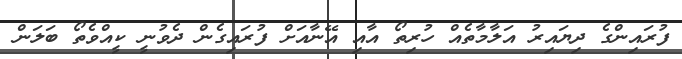
ފުރައިންގެ ދިޔައިރު އަލާމާތެއް ހުރިތޯ އާއި އޭނާއަށް ފުރައިގެން ދެވުނީ ކީއްވެތޯ ބަލަން